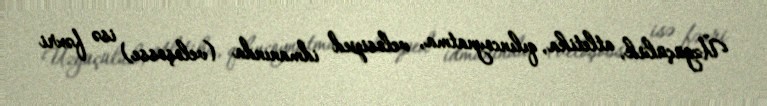
Üzgüçülük, atletika, qılıncoynatma, velosiped idmanında (veloşosse) isə fəxri